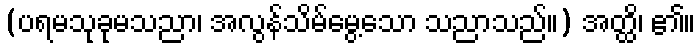
(ပရမသုခုမသညာ၊ အလွန်သိမ်မွေ့သော သညာသည်။) အတ္ထိ၊ ၏။